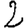
Digit: 2